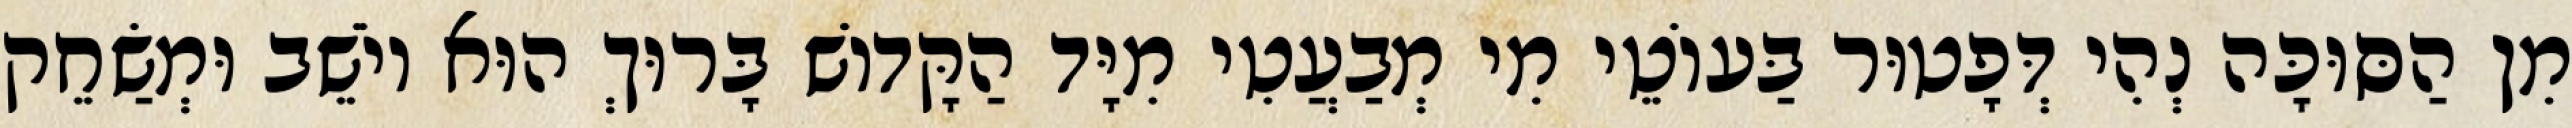
מִן הַסּוּכָּה נְהִי דְּפָטוּר בַּעוֹטֵי מִי מְבַעֲטִי מִיָּד הַקָּדוֹשׁ בָּרוּךְ הוּא יוֹשֵׁב וּמְשַׂחֵק